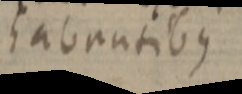
habuntibus